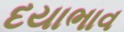
દયાભાવ